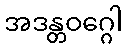
အဒန္တဝဂ္ဂေါ